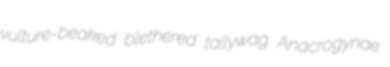
vulture-beaked blethered tallywag Anacrogynae